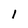
Character: l